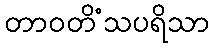
တာဝတိံသပရိသာ